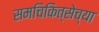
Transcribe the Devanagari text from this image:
समचिकित्सेच्या